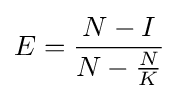
E={\frac {N-I}{N-{\frac {N}{K}}}}